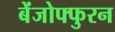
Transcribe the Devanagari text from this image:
बेंजोफ्फुरन